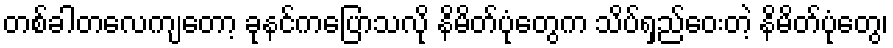
တစ်ခါတလေကျတော့ ခုနင်ကပြောသလို နိမိတ်ပုံတွေက သိပ်ရှည်ဝေးတဲ့ နိမိတ်ပုံတွေ၊